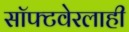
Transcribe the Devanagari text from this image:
सॉफ्टवेरलाही